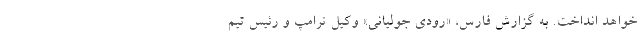
خواهد انداخت. به گزارش فارس، «رودی جولیانی» وکیل ترامپ و رئیس تیم